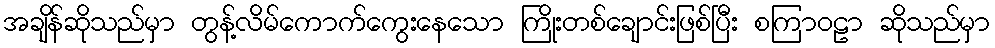
အချိန်ဆိုသည်မှာ တွန့်လိမ်ကောက်ကွေးနေသော ကြိုးတစ်ချောင်းဖြစ်ပြီး စကြာဝဠာ ဆိုသည်မှာ